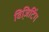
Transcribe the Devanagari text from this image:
विजि़टिंग